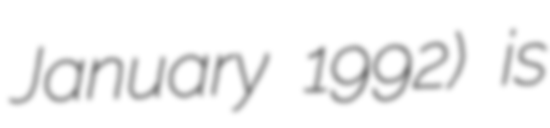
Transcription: January 1992) is